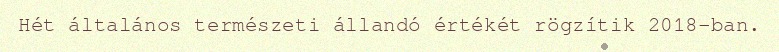
Hét általános természeti állandó értékét rögzítik 2018-ban.